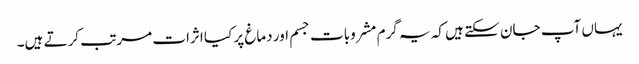
یہاں آپ جان سکتے ہیں کہ یہ گرم مشروبات جسم اور دماغ پر کیا اثرات مرتب کرتے ہیں۔